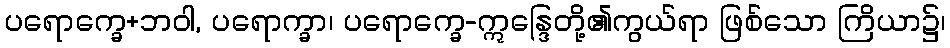
ပရောက္ခေ+ဘဝါ, ပရောက္ခာ၊ ပရောက္ခေ-ဣန္ဒြေတို့၏ကွယ်ရာ ဖြစ်သော ကြိယာ၌၊